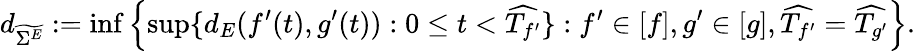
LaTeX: d_{\widetilde{\Sigma^{E}}}:=\operatorname*{inf}\left\lbrace\operatorname*{sup}\lbrace d_{E}(f^{\prime}(t),g^{\prime}(t)):0\leq t<\widehat{T_{f^{\prime}}}\rbrace:f^{\prime}\in[f],g^{\prime}\in[g],\widehat{T_{f^{\prime}}}=\widehat{T_{g^{\prime}}}\right\rbrace.